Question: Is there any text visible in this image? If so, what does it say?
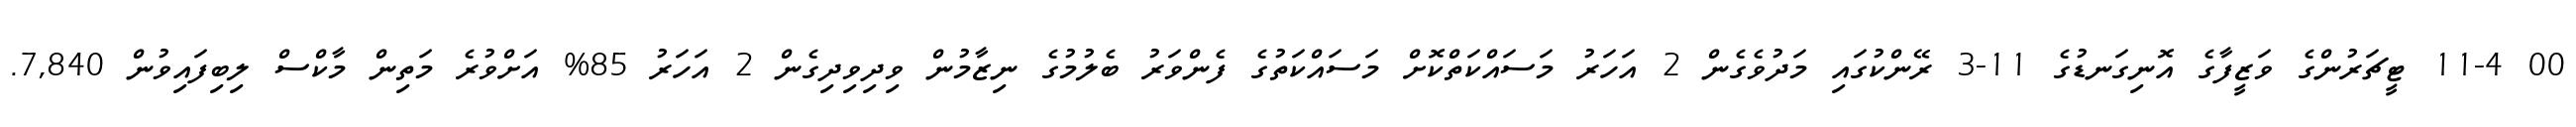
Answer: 00 11-4 ޓީޗަރުންގެ ވަޒީފާގެ އޮނިގަނޑުގެ 11-3 ރޭންކުގައި މަދުވެގެން 2 އަހަރު މަސައްކަތްކޮށް މަސައްކަތުގެ ފެންވަރު ބެލުމުގެ ނިޒާމުން ވިދިވިދިގެން 2 އަހަރު 85% އަށްވުރެ މަތިން މާކްސް ލިބިފައިވުން 7,840.